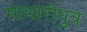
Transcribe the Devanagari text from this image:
माथारीपुत्र